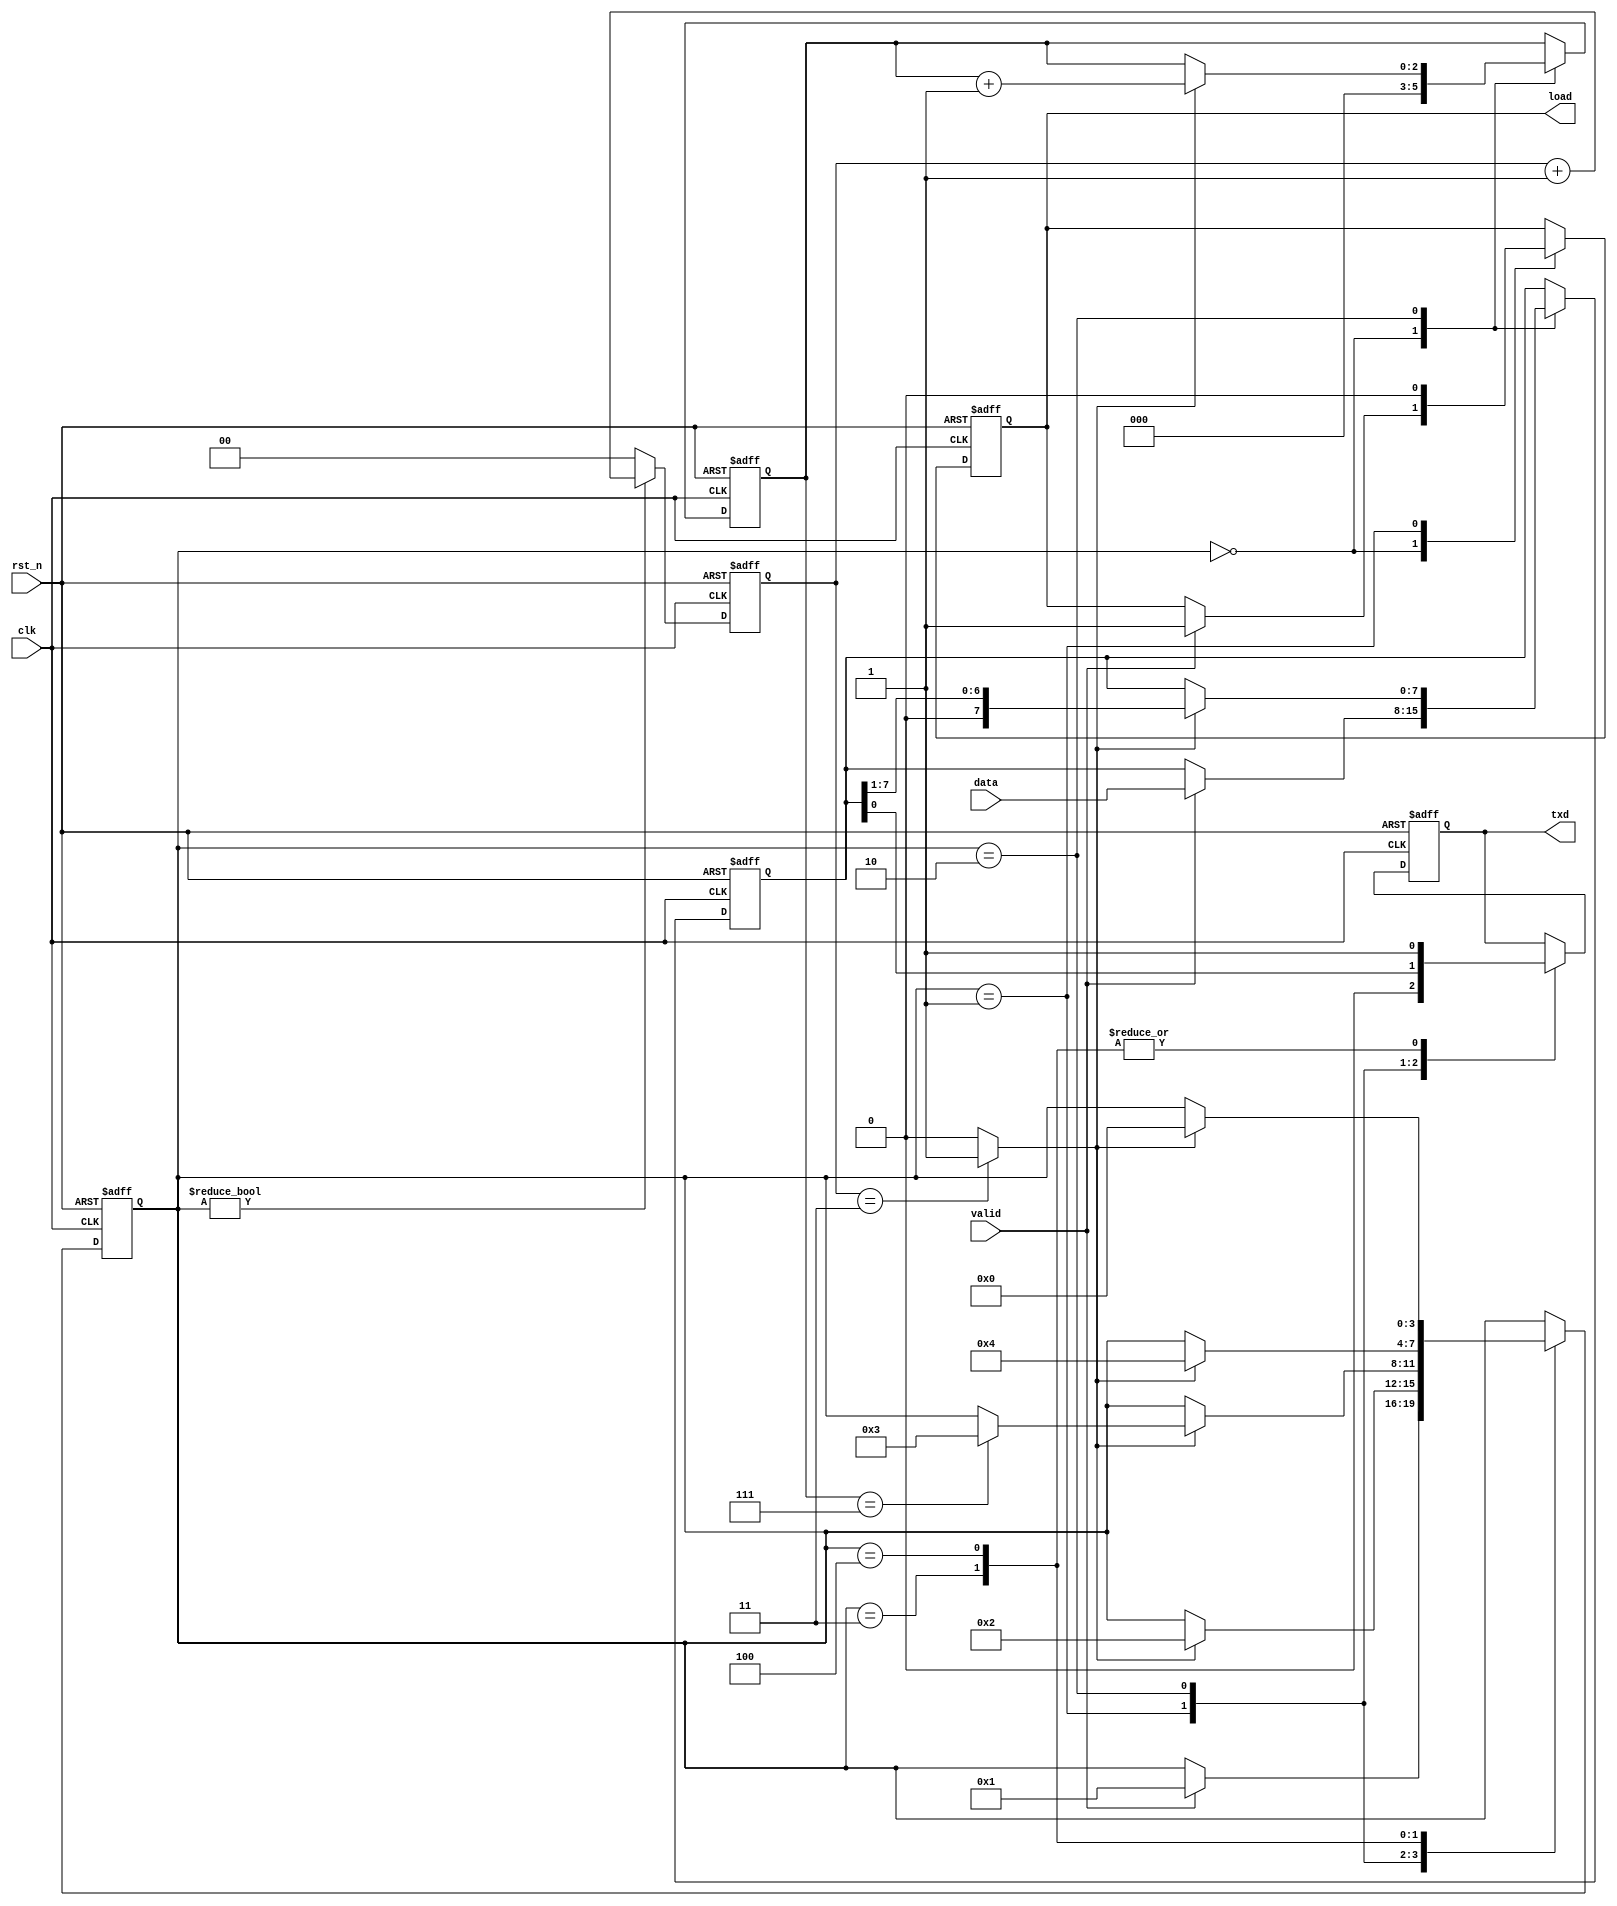
module uartcon_tx
(
   input       rst_n,
   input       clk,

   output reg  txd,

   input       valid,
   output reg  load,
   input [7:0] data
);

   reg [1:0]   sample_count;
   reg [2:0]   bit_count;
   reg [7:0]   tx_data;

   wire        sample_point;

   reg [3:0]   state;

   localparam S_IDLE    = 4'd0;
   localparam S_START   = 4'd1;
   localparam S_DATA    = 4'd2;
   localparam S_STOP    = 4'd3;
   localparam S_LAST    = 4'd4;

   always @(posedge clk or negedge rst_n) begin
      if(!rst_n) begin
         sample_count[1:0] <= 2'd0;
      end else begin
         if(state != S_IDLE) begin
            sample_count[1:0] <= sample_count[1:0] + 2'd1;
         end else begin
            sample_count[1:0] <= 2'd0;
         end
      end
   end

   assign sample_point = (sample_count[1:0] == 2'd3)?1'b1:1'b0;

   always @(posedge clk or negedge rst_n) begin
      if(!rst_n) begin
         state          <= S_IDLE;
         tx_data[7:0]   <= 8'd0;
         load           <= 1'b0;
         txd            <= 1'b1;
         bit_count[2:0] <= 3'd0;
      end else begin
         case(state)
           S_IDLE: begin
              if(valid == 1'b1) begin
                 state        <= S_START;
                 tx_data[7:0] <= data[7:0];
                 load         <= 1'b1;
              end
              bit_count[2:0]  <= 3'd0;
           end
           S_START: begin
              load     <= 1'b0;
              txd      <= 1'b0;
              if(sample_point == 1'b1) begin
                 state <= S_DATA;
              end
           end
           S_DATA: begin
              txd <= tx_data[0];
              if(sample_point == 1'b1) begin
                 tx_data[7:0]   <= {1'b0, tx_data[7:1]};
                 bit_count[2:0] <= bit_count[2:0] + 3'd1;
                 if(bit_count[2:0] == 3'd7) begin
                    state <= S_STOP;
                 end
              end
           end
           S_STOP: begin
              txd <= 1'b1;
              if(sample_point == 1'b1) begin
                 state <= S_LAST;
              end
           end
           S_LAST: begin
              txd <= 1'b1;
              if(sample_point == 1'b1) begin
                 state <= S_IDLE;
              end
           end
         endcase
      end
   end
endmodule